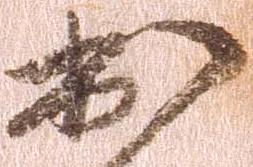
出